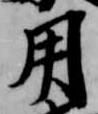
用